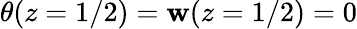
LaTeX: \theta(z=1/2)=\mathbf{w}(z=1/2)=0